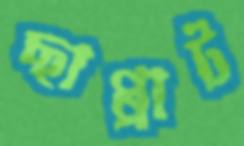
ছাপ্পাট